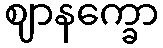
ဈာနက္ခော